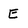
Character: E